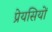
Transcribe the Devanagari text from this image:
प्रेयसियों